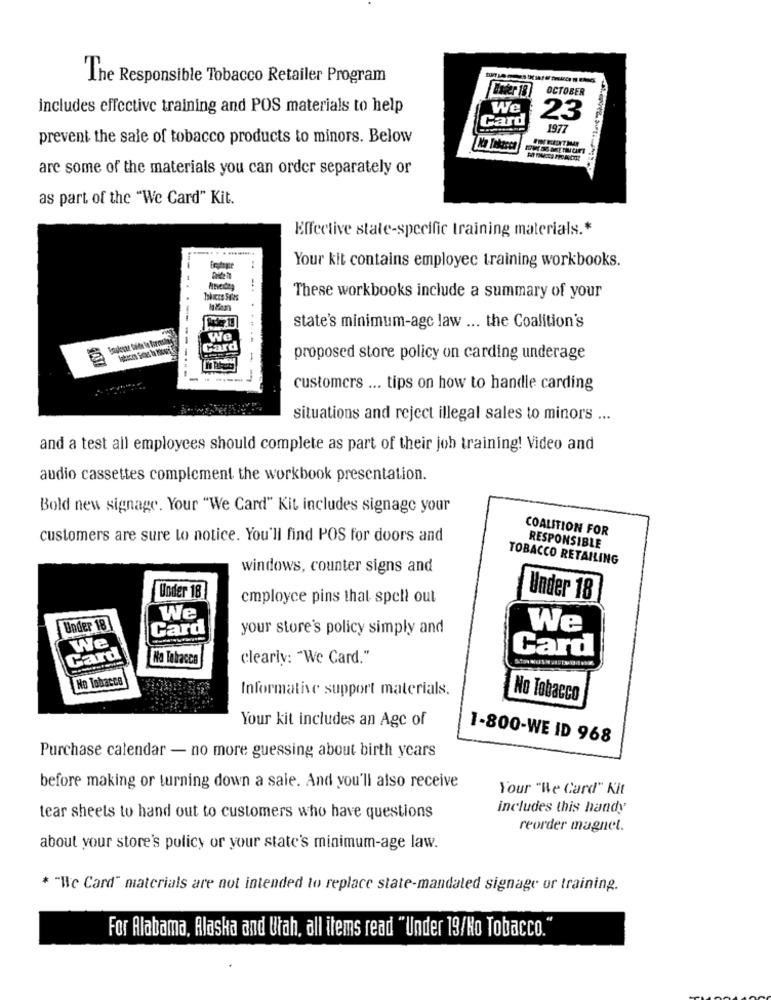
The Responsible Tobacco Retailer Program
OCTOBER
includes effective training and POS materials to help
We
Card
23
1977
prevent the sale of tobacco products to minors. Below
are some of the materials you can order separately or
as part of the "We Card" Kit.
Effective state-specific training materials .*
Your kit contains employec training workbooks.
These workbooks include a summary of your
state's minimum-age law ... the Coalition's
We
Card
-
proposed store policy on carding underage
customers ... tips on how to handle carding
situations and reject illegal sales to minors ...
and a test all employees should complete as part of their job training! Video and
audio cassettes complement the workbook presentation.
Bold new signage. Your "We Card" Kit includes signage your
COALITION FOR
customers are sure lo notice. You'll find POS for doors and
RESPONSIBLE
TOBACCO RETAILING
windows, counter signs and
Under 18
employee pins that spell out
Under 18
We
Under 18
Card
your store's policy simply and
We
We
Card
Card
No Tokracce
clearly: "We Card."
No Tobacca
Informative support materials.
No Tobacco
Your kit includes an Age of
1-800-WE ID 968
Purchase calendar - no more guessing about birth years
before making or turning down a sale. And you'll also receive
Your "Be Card" Kit
includes this handy
tear sheets to hand out to customers who have questions
reorder magnet.
about your store's policy or your state's minimum-age law.
* "We Card" materials are not intended to replace state-mandated signage ur training.
For Alabama, Alaska and Utah, all items read "Under 19/No Tobacco."